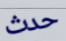
حدث